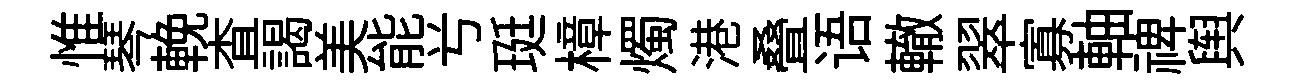
惟琴輓查謁美能𠔃珽樟燭港叠语轍翠寡軸禆舆